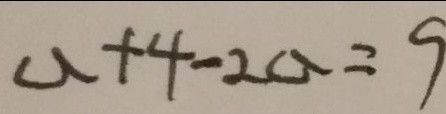
a + 4 - 2 a = 9